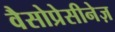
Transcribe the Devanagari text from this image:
वैसोप्रेसीनेज़